Problem: 11 + 50 = ?
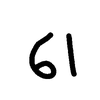
Handwritten answer: 61